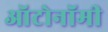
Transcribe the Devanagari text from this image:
ऑटोनॉमी